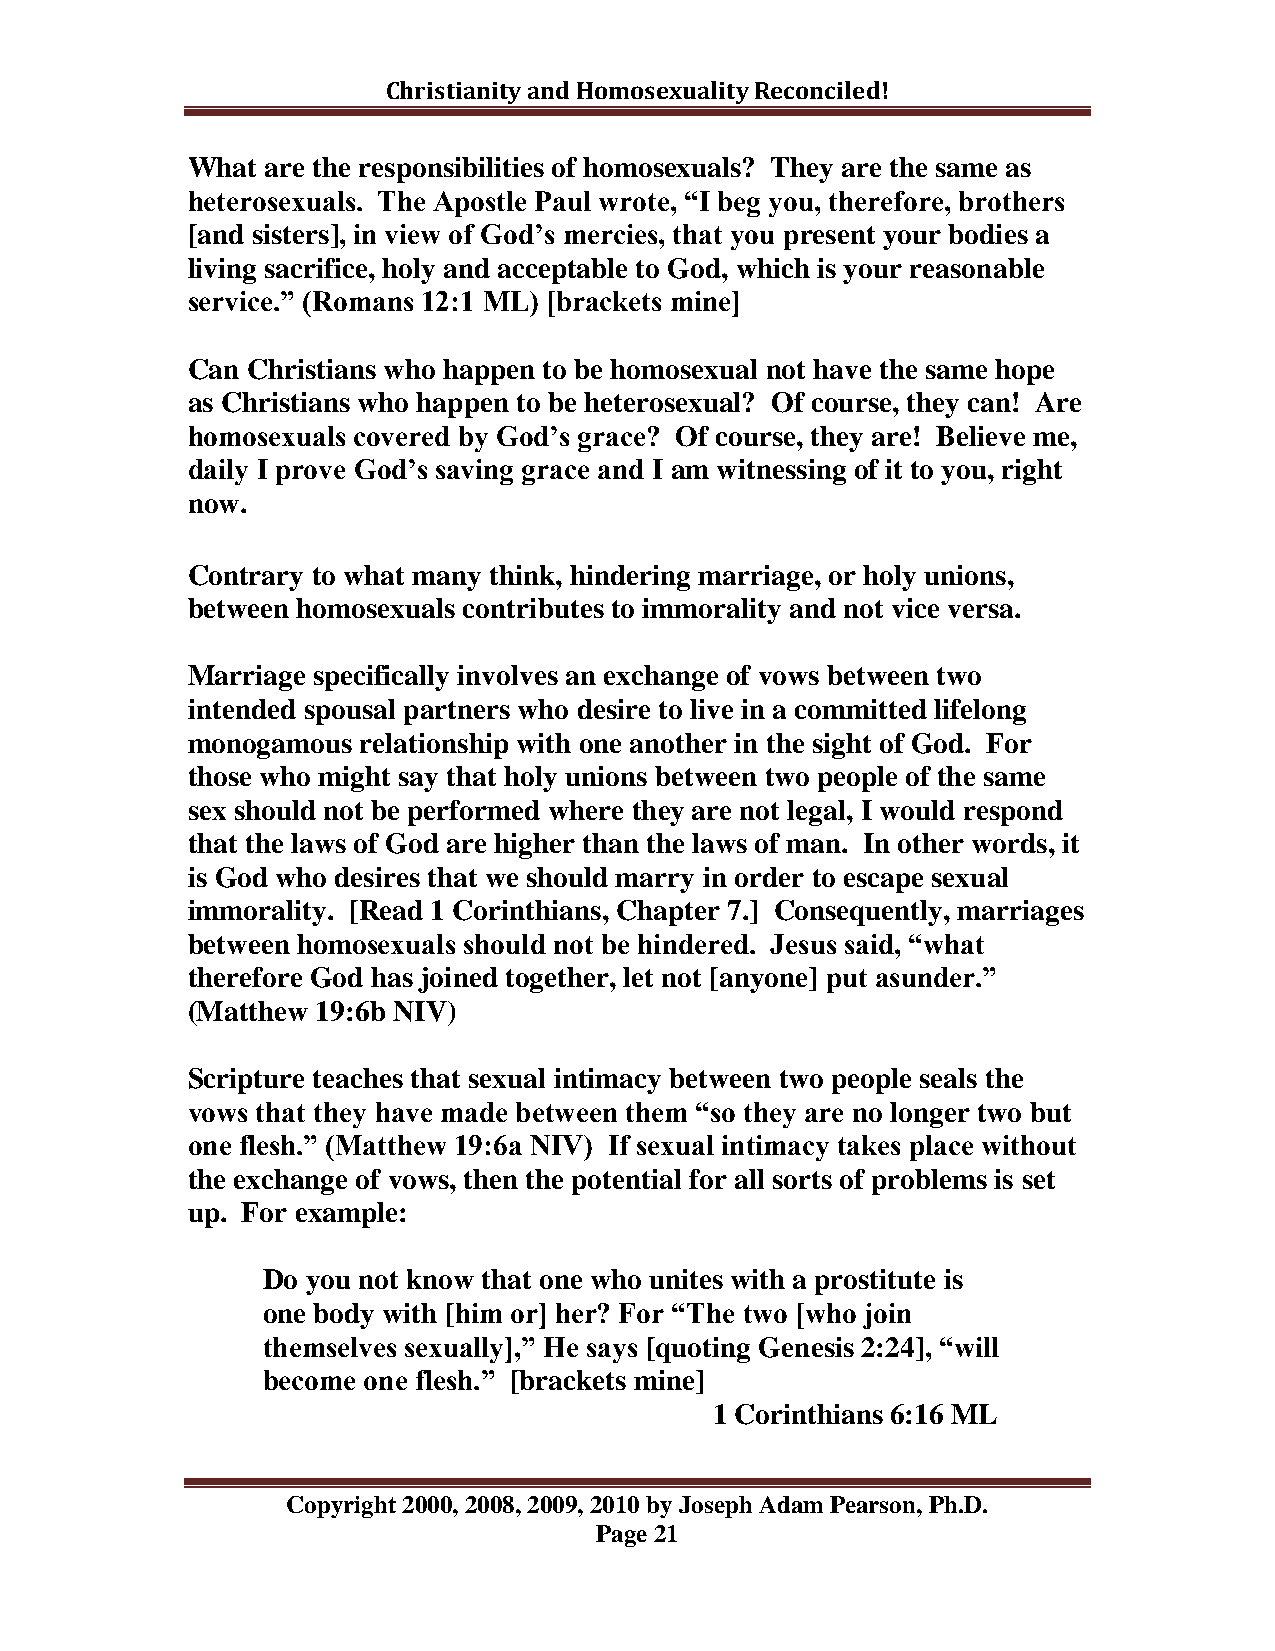
Christianity and Homosexuality Reconciled!
 What  are the responsibilities of homosexuals? They are the same as
 heterosexuals. The Apostle Paul wrote, “I beg you, therefore, brothers
 [and sisters], in view of God‟s mercies, that you present your bodies a
 living sacrifice, holy and acceptable to God, which is your reasonable
 service.” (Romans 12:1 ML) [brackets mine]
 Can Christians who happen to be homosexual not have the same hope
 as Christians who happen to be heterosexual? Of course, they can! Are
 homosexuals covered by God‟s grace? Of course, they are! Believe me,
 daily I prove God‟s saving grace and I am witnessing of it to you, right
 now.
 Contrary to what many think, hindering marriage, or holy unions,
 between homosexuals contributes to immorality and not vice versa.
 Marriage specifically involves an exchange of vows between two
 intended spousal partners who desire to live in a committed lifelong
 monogamous  relationship with one another in the sight of God. For
 those who might say that holy unions between two people of the same
 sex should not be performed where they are not legal, I would respond
 that the laws of God are higher than the laws of man. In other words, it
 is God who desires that we should marry in order to escape sexual
 immorality. [Read 1 Corinthians, Chapter 7.] Consequently, marriages
 between homosexuals should not be hindered. Jesus said, “what
 therefore God has joined together, let not [anyone] put asunder.”
 (Matthew 19:6b NIV)
 Scripture teaches that sexual intimacy between two people seals the
 vows that they have made between them “so they are no longer two but
 one flesh.” (Matthew 19:6a NIV) If sexual intimacy takes place without
 the exchange of vows, then the potential for all sorts of problems is set
 up. For example:
 Do you not know that one who unites with a prostitute is
 one body with [him or] her? For “The two [who join
 themselves sexually],” He says [quoting Genesis 2:24], “will
 become one flesh.” [brackets mine]
 1 Corinthians 6:16 ML
 Copyright 2000, 2008, 2009, 2010 by Joseph Adam Pearson, Ph.D.
 Page 21